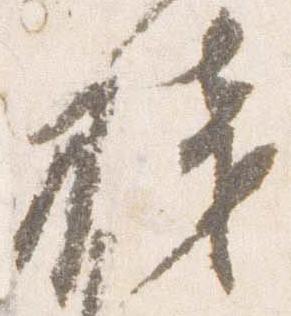
桟